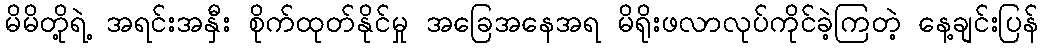
မိမိတို့ရဲ့ အရင်းအနှီး စိုက်ထုတ်နိုင်မှု အခြေအနေအရ မိရိုးဖလာလုပ်ကိုင်ခဲ့ကြတဲ့ နေ့ချင်းပြန်